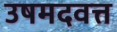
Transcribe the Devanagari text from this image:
उषमदवत्त